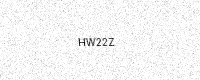
Text: HW22Z